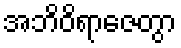
အဘိဝိရာဇေတွာ